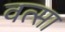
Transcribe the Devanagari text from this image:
वत्सा